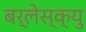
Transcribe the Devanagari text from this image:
बर्लेस्क्यु